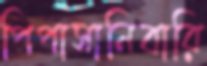
পিপাসানিবারি